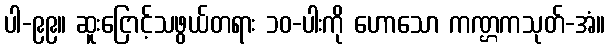
ပါ-၉၉။ ဆူးငြောင့်သဖွယ်တရား ၁၀-ပါးကို ဟောသော ကဏ္ဌ္ဌကသုတ်-အံ။